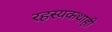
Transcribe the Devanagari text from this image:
रहस्यकथाही